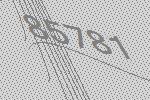
85781